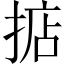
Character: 掂